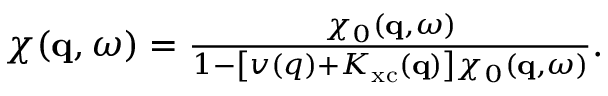
\begin{array} { r } { \chi ( \mathbf { q } , \omega ) = \frac { \chi _ { 0 } ( \mathbf { q } , \omega ) } { 1 - \left[ v ( q ) + K _ { \mathrm { x c } } ( \mathbf { q } ) \right] \chi _ { 0 } ( \mathbf { q } , \omega ) } . } \end{array}